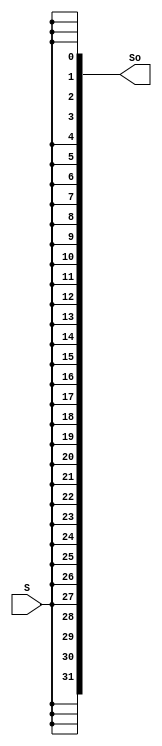
`timescale 1ns / 1ps
//////////////////////////////////////////////////////////////////////////////////
// Company: 
// Engineer: 
// 
// Design Name: 
// Module Name:    SignalExt_32 
// Project Name: 
// Target Devices: 
// Tool versions: 
// Description: 
//
// Dependencies: 
//
// Revision: 
// Revision 0.01 - File Created
// Additional Comments: 
//
//////////////////////////////////////////////////////////////////////////////////
module SignalExt_32(input S,
						  output [31:0] So
    );
assign So = {32{S}};

endmodule